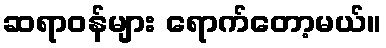
ဆရာဝန်များ ရောက်တော့မယ်။